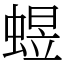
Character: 䗑